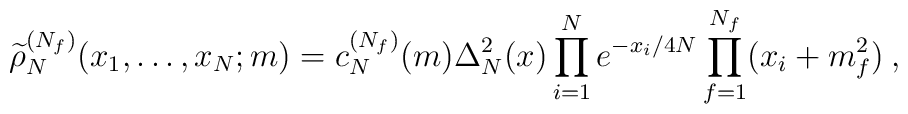
\widetilde\rho_N^{(N_f)}(x_1,\ldots,x_N;m)=c_N^{(N_f)}(m)  \Delta_N^2(x)\prod_{i=1}^Ne^{-x_i/4N} \prod_{f=1}^{N_f}(x_i+m_f^2)\:,